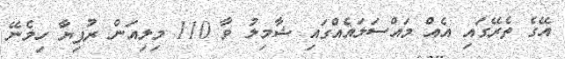
އޭގެ ތެރޭގައި އެއް މައްސަލައެއްގައި ޝާމިލު ވާ 110 މިލިއަން ރުފިޔާ ހިމެނޭ